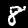
Digit: 8